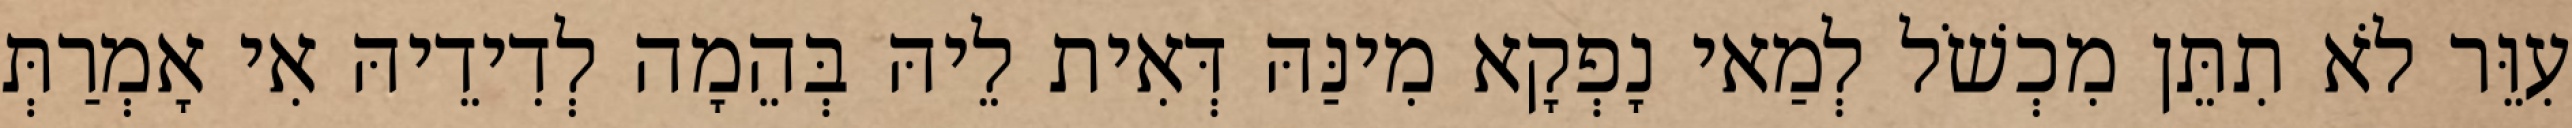
עִוֵּר לֹא תִתֵּן מִכְשֹׁל לְמַאי נָפְקָא מִינַּהּ דְּאִית לֵיהּ בְּהֵמָה לְדִידֵיהּ אִי אָמְרַתְּ